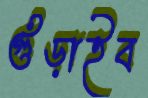
গুঁড়াইব